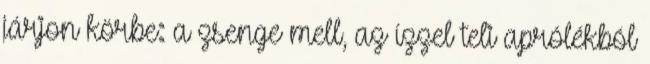
járjon körbe: a zsenge mell, az ízzel teli aprólékból